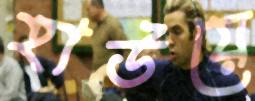
হাউয়ে